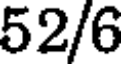
52/6